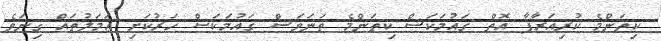
ކިތަންމެ ކުރިއަރާފާ އޮތް ޤައުމަކަސް ކިތަންމެ ތަނަވަސް ޤައުމަކަސް ހަރުކަށި ޢަމަލުތައް ގިނަވެ